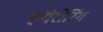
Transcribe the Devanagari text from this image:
हंगेरोरिंग